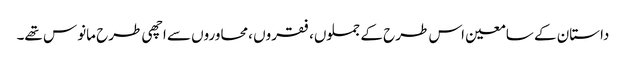
داستان کے سامعین اس طرح کے جملوں، فقروں ،محاوروں سے اچھی طرح مانوس تھے۔